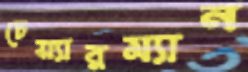
চেয়্যারম্যান